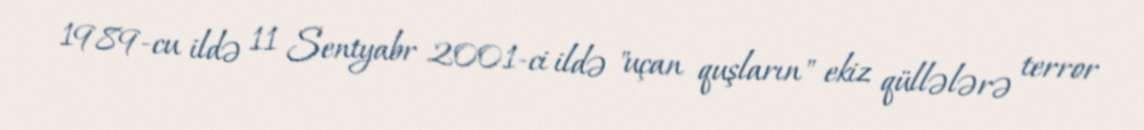
1989-cu ildə 11 Sentyabr 2001-ci ildə "uçan quşların" ekiz qüllələrə terror